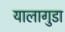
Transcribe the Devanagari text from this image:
यालागुडा